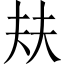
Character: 㚘